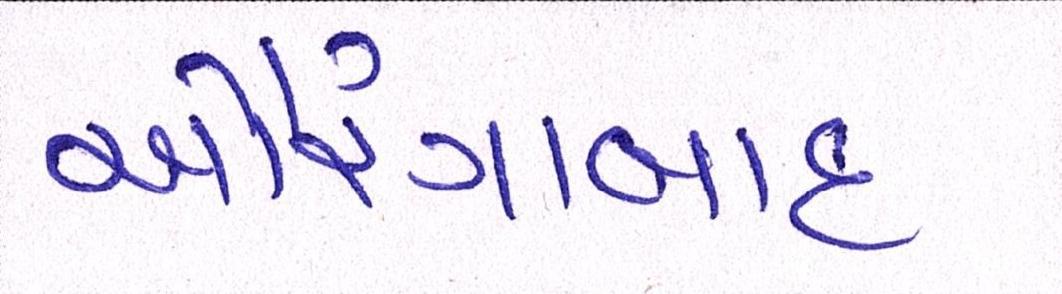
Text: ઔરંગાબાદ